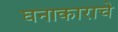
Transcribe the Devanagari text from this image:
घनाकाराचे